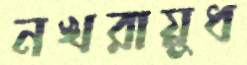
নখরায়ুধ